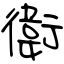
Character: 衛